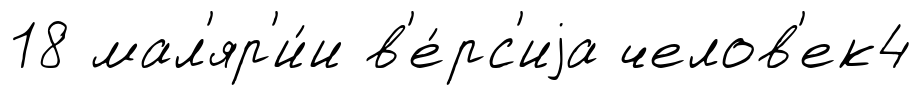
18 мал'яр'и́и в'е́рс'иjа челов'ек4